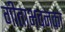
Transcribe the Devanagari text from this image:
गीताभवनका